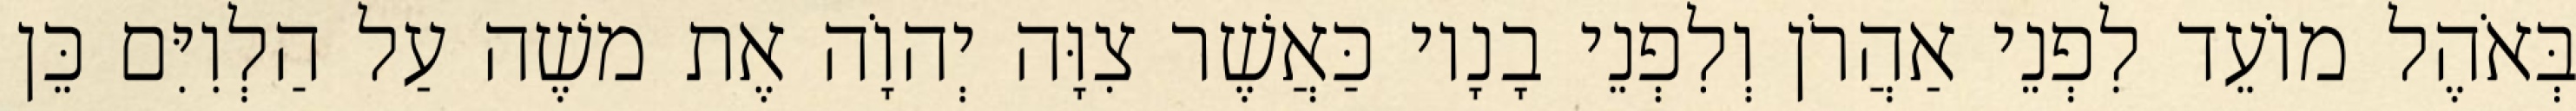
בְּאֹהֶל מוֹעֵד לִפְנֵי אַהֲרֹן וְלִפְנֵי בָנָיו כַּאֲשֶׁר צִוָּה יְהוָֹה אֶת משֶׁה עַל הַלְוִיִּם כֵּן